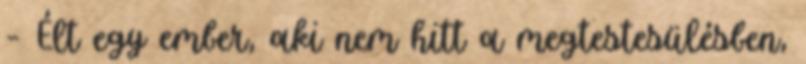
– Élt egy ember, aki nem hitt a megtestesülésben,